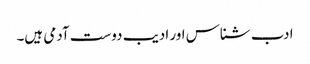
ادب شناس اور ادیب دوست آدمی ہیں۔